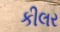
કીલર